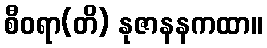
စီဝရာ(တိ) နုဇာနနကထာ။